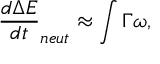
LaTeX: \frac { d \Delta E } { d t } _ { n e u t } \approx \int \Gamma \omega ,